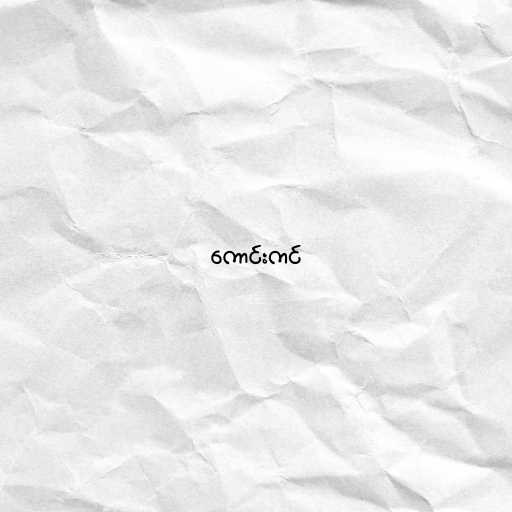
ကောင်းကင်